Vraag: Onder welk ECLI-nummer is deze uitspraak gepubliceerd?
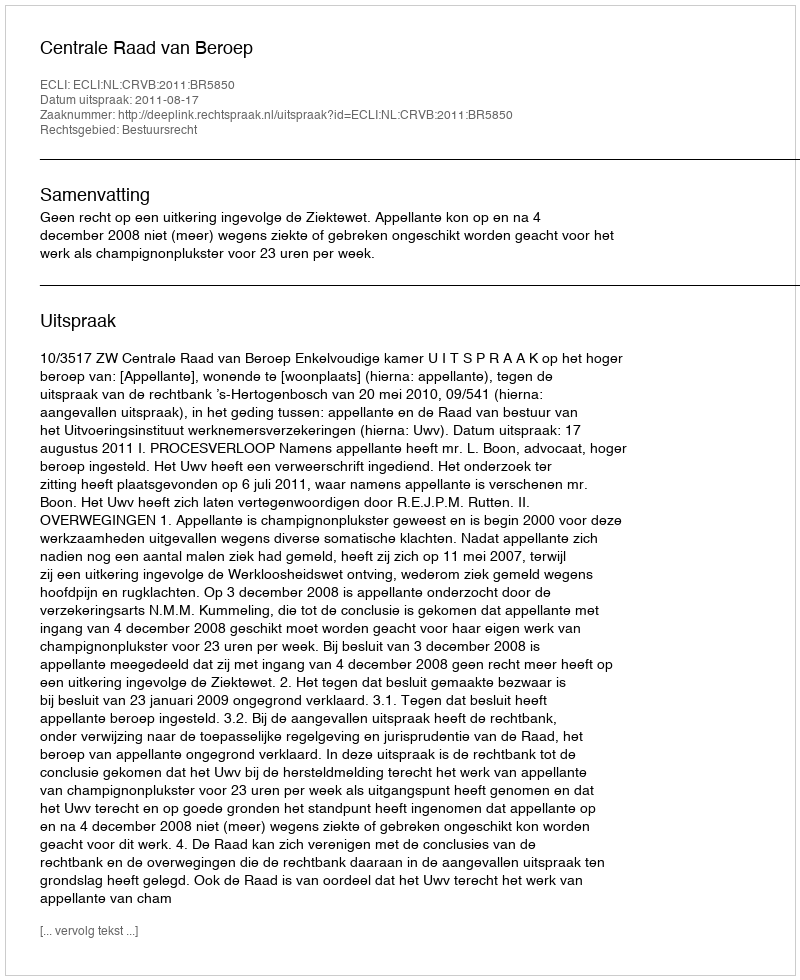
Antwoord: ECLI:NL:CRVB:2011:BR5850